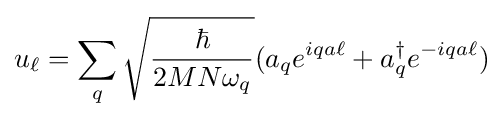
u_{\ell }=\sum _{q}{\sqrt {\frac {\hbar }{2MN\omega _{q}}}}(a_{q}e^{iqa\ell }+a_{q}^{\dagger }e^{-iqa\ell })